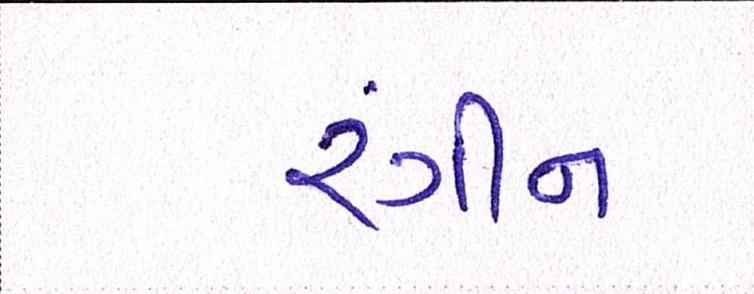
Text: રંગીન